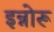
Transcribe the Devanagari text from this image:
इन्नोरू